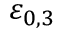
\varepsilon _ { \boldsymbol { 0 } , 3 }